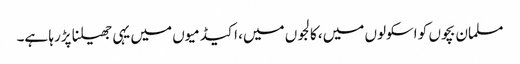
مسلمان بچوں کو اسکولوں میں، کالجوں میں، اکیڈمیوں میں یہی جھیلنا پڑرہا ہے۔